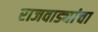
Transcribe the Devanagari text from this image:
राजवाड्यांचा